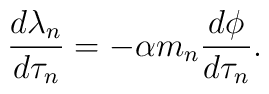
\frac{d\lambda_n}{d\tau_n}=-\alpha m_n\frac{d\phi}{d\tau_n} .